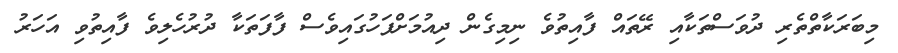
މިބަރަކާތްތެރި ދުވަސްތަކާއި ރޭތައް ފާއިތުވެ ނިމިގެން ދިއުމަށްފަހުގައިވެސް ފާފަތަކާ ދުރުހެލިވެ ފާއިތުވި އަހަރު